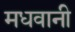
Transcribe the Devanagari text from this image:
मधवानी